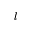
l